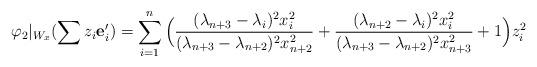
LaTeX: \begin{align*}\varphi_2|_{W_x}(\sum z_i\mathbf e_i')=\sum_{i=1}^n\Big(\frac{(\lambda_{n+3}-\lambda_i)^2x_i^2}{(\lambda_{n+3}-\lambda_{n+2})^2x_{n+2}^2}+\frac{(\lambda_{n+2}-\lambda_i)^2x_i^2}{(\lambda_{n+3}-\lambda_{n+2})^2x_{n+3}^2}+1\Big)z_i^2\qquad\qquad\end{align*}